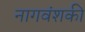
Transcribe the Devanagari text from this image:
नागवंशकी